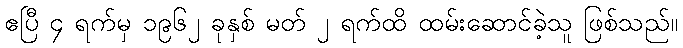
ဧပြီ ၄ ရက်မှ ၁၉၆၂ ခုနှစ် မတ် ၂ ရက်ထိ ထမ်းဆောင်ခဲ့သူ ဖြစ်သည်။